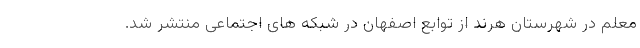
معلم در شهرستان هرند از توابع اصفهان در شبکه های اجتماعی منتشر شد.